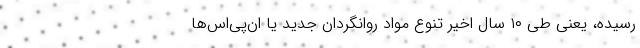
رسیده،‌ یعنی طی ۱۰ سال اخیر تنوع مواد روانگردان جدید یا ان‌پی‌اس‌ها